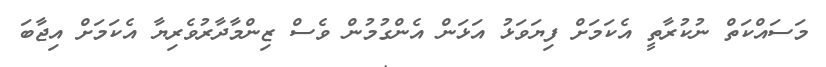
މަސައްކަތް ނުކުރާތީ އެކަމަށް ފިޔަވަޅު އަޅަން އެންގުމުން ވެސް ޒިންމާދާރުވެރިޔާ އެކަމަށް އިޖާބަ